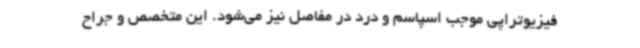
فیزیوتراپی موجب اسپاسم و درد در مفاصل نیز می‌شود. این متخصص و جراح